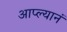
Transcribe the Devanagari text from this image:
आप्ल्यानं